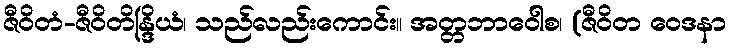
ဇီဝိတံ-ဇီဝိတိန္ဒြိယံ၊ သည်လည်းကောင်း။ အတ္တဘာဝေါစ၊ (ဇီဝိတ ဝေဒနာ